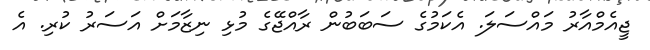
ޖީއެމްއާރު މައްސަލަ. އެކަމުގެ ސަބަބުން ރާއްޖޭގެ މުޅި ނިޒާމަށް އަސަރު ކުރި. އެ